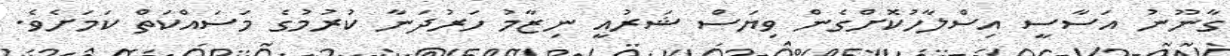
ގާނޫނު އަސާސީ އިސްލާހުކޮށްގެން ވިޔަސް ޝަރުއީ ނިޒާމު ހަރުދަނާ ކުރުމުގެ މަސައްކަތް ކަމަށެވެ.